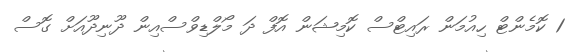
1 ކޮމެންޓް ހިއުމަން ރައިޓްސް ކޮމިޝަން އޮފް ދަ މޯލްޑިވްސްއިން ދޫނިދޫއަށް ގޮސް